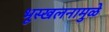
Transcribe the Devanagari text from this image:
भूस्खलनामुळे